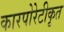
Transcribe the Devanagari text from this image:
कारपोरेटीकृत